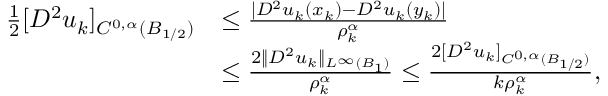
\begin{array} { r l } { \frac 1 2 [ D ^ { 2 } u _ { k } ] _ { C ^ { 0 , \alpha } ( B _ { 1 / 2 } ) } } & { \le \frac { | D ^ { 2 } u _ { k } ( x _ { k } ) - D ^ { 2 } u _ { k } ( y _ { k } ) | } { \rho _ { k } ^ { \alpha } } } \\ & { \le \frac { 2 \| D ^ { 2 } u _ { k } \| _ { L ^ { \infty } ( B _ { 1 } ) } } { \rho _ { k } ^ { \alpha } } \le \frac { 2 [ D ^ { 2 } u _ { k } ] _ { C ^ { 0 , \alpha } ( B _ { 1 / 2 } ) } } { k \rho _ { k } ^ { \alpha } } , } \end{array}